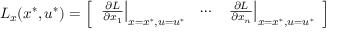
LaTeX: L _ { x } ( x ^ { * } , u ^ { * } ) = { \left[ \begin{array} { l l l } { \left. { \frac { \partial L } { \partial x _ { 1 } } } \right| _ { x = x ^ { * } , u = u ^ { * } } } & { \cdots } & { \left. { \frac { \partial L } { \partial x _ { n } } } \right| _ { x = x ^ { * } , u = u ^ { * } } } \end{array} \right] }